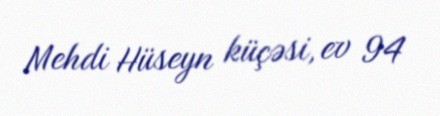
Mehdi Hüseyn küçəsi, ev 94